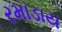
રમાડાય